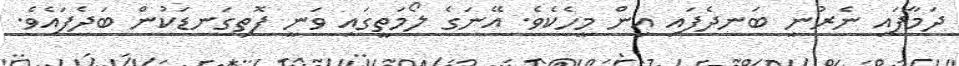
ދަމާފައި ނެރުނީ ބަނދެފައި އިން މީހެކެވެ. އޭނަގެ ލޯމަތީގައި ވަނީ ފޮތިގަނޑަކުން ބަދެފައެވެ.